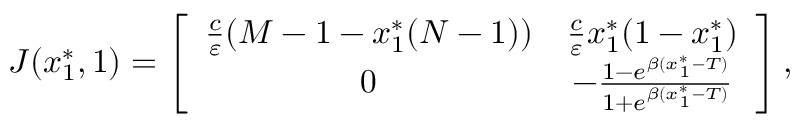
\begin{array} { r } { J ( x _ { 1 } ^ { * } , 1 ) = \left[ { \begin{array} { c c } { \frac { c } { \varepsilon } ( M - 1 - x _ { 1 } ^ { * } ( N - 1 ) ) } & { \frac { c } { \varepsilon } x _ { 1 } ^ { * } ( 1 - x _ { 1 } ^ { * } ) } \\ { 0 } & { - \frac { 1 - e ^ { \beta ( x _ { 1 } ^ { * } - T ) } } { 1 + e ^ { \beta ( x _ { 1 } ^ { * } - T ) } } } \end{array} } \right] , } \end{array}